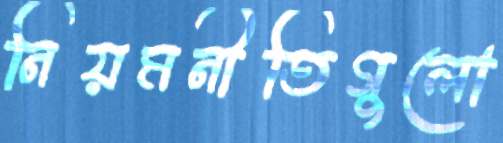
নিয়মনীতিগুলো